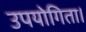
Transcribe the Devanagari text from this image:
उपयोगिता।